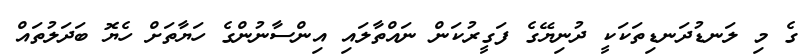
ގެ މި ލަނޑުދަނޑިތަކަކީ ދުނިޔޭގެ ފަގީރުކަން ނައްތާލައި އިންސާނުންގެ ހަޔާތަށް ހެޔޮ ބަދަލުތައް